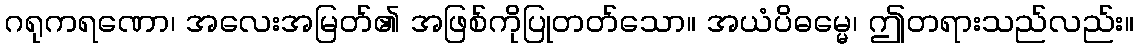
ဂရုကရဏော၊ အလေးအမြတ်၏ အဖြစ်ကိုပြုတတ်သော။ အယံပိဓမ္မေ၊ ဤတရားသည်လည်း။